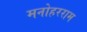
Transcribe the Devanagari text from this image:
मनोहरराम